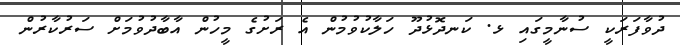
ދުވާފަރަކީ ސުނާމީގައި ޅ. ކަނދޮޅުދޫ ހަލާކުވުމުން އެ ރަށުގެ މީހުން އާބާދުވުމަށް ސަރުކާރުން